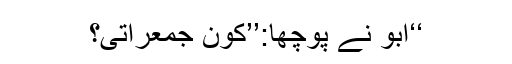
‘‘ابو نے پوچھا:’’کون جمعراتی؟